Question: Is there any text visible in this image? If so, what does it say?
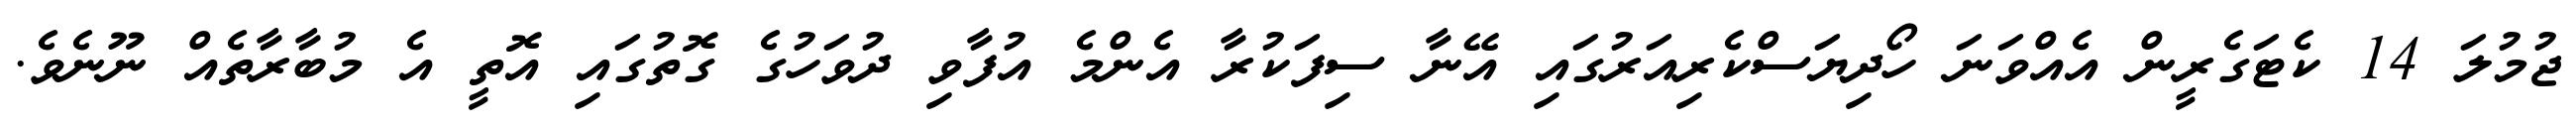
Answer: ޖުމުލަ 14 ކެޓަގެރީން އެއްވަނަ ހޯދިޔަސްކެރިއަރުގައި އޭނާ ސިފަކުރާ އެންމެ އުފާވި ދުވަހުގެ ގޮތުގައި އޮތީ އެ މުބާރާތެއް ނޫނެވެ.